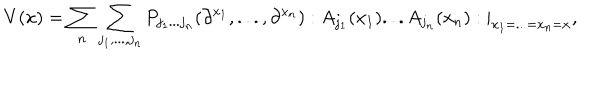
V ( x ) = \sum _ { n } \sum _ { j _ { 1 } , . . . , j _ { n } } P _ { j _ { 1 } . . . j _ { n } } ( \partial ^ { x _ { 1 } } , . . . , \partial ^ { x _ { n } } ) : A _ { j _ { 1 } } ( x _ { 1 } ) . . . A _ { j _ { n } } ( x _ { n } ) : | _ { x _ { 1 } = . . . = x _ { n } = x } ,